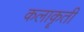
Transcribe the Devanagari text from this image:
कलाकॄती